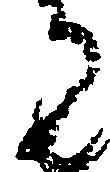
御